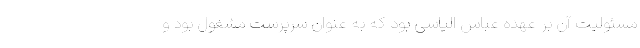
مسئولیت آن بر عهده عباس الیاسی بود که به عنوان سرپرست مشغول بود و